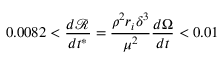
0 . 0 0 8 2 < \frac { d \mathcal { R } } { d t ^ { * } } = \frac { \rho ^ { 2 } r _ { i } \delta ^ { 3 } } { \mu ^ { 2 } } \frac { d \Omega } { d t } < 0 . 0 1